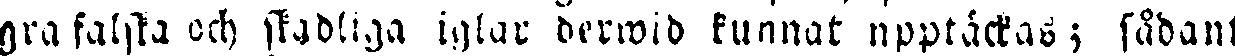
gra falska och skadliga iglar derwid kunnat upptäckas; sådant